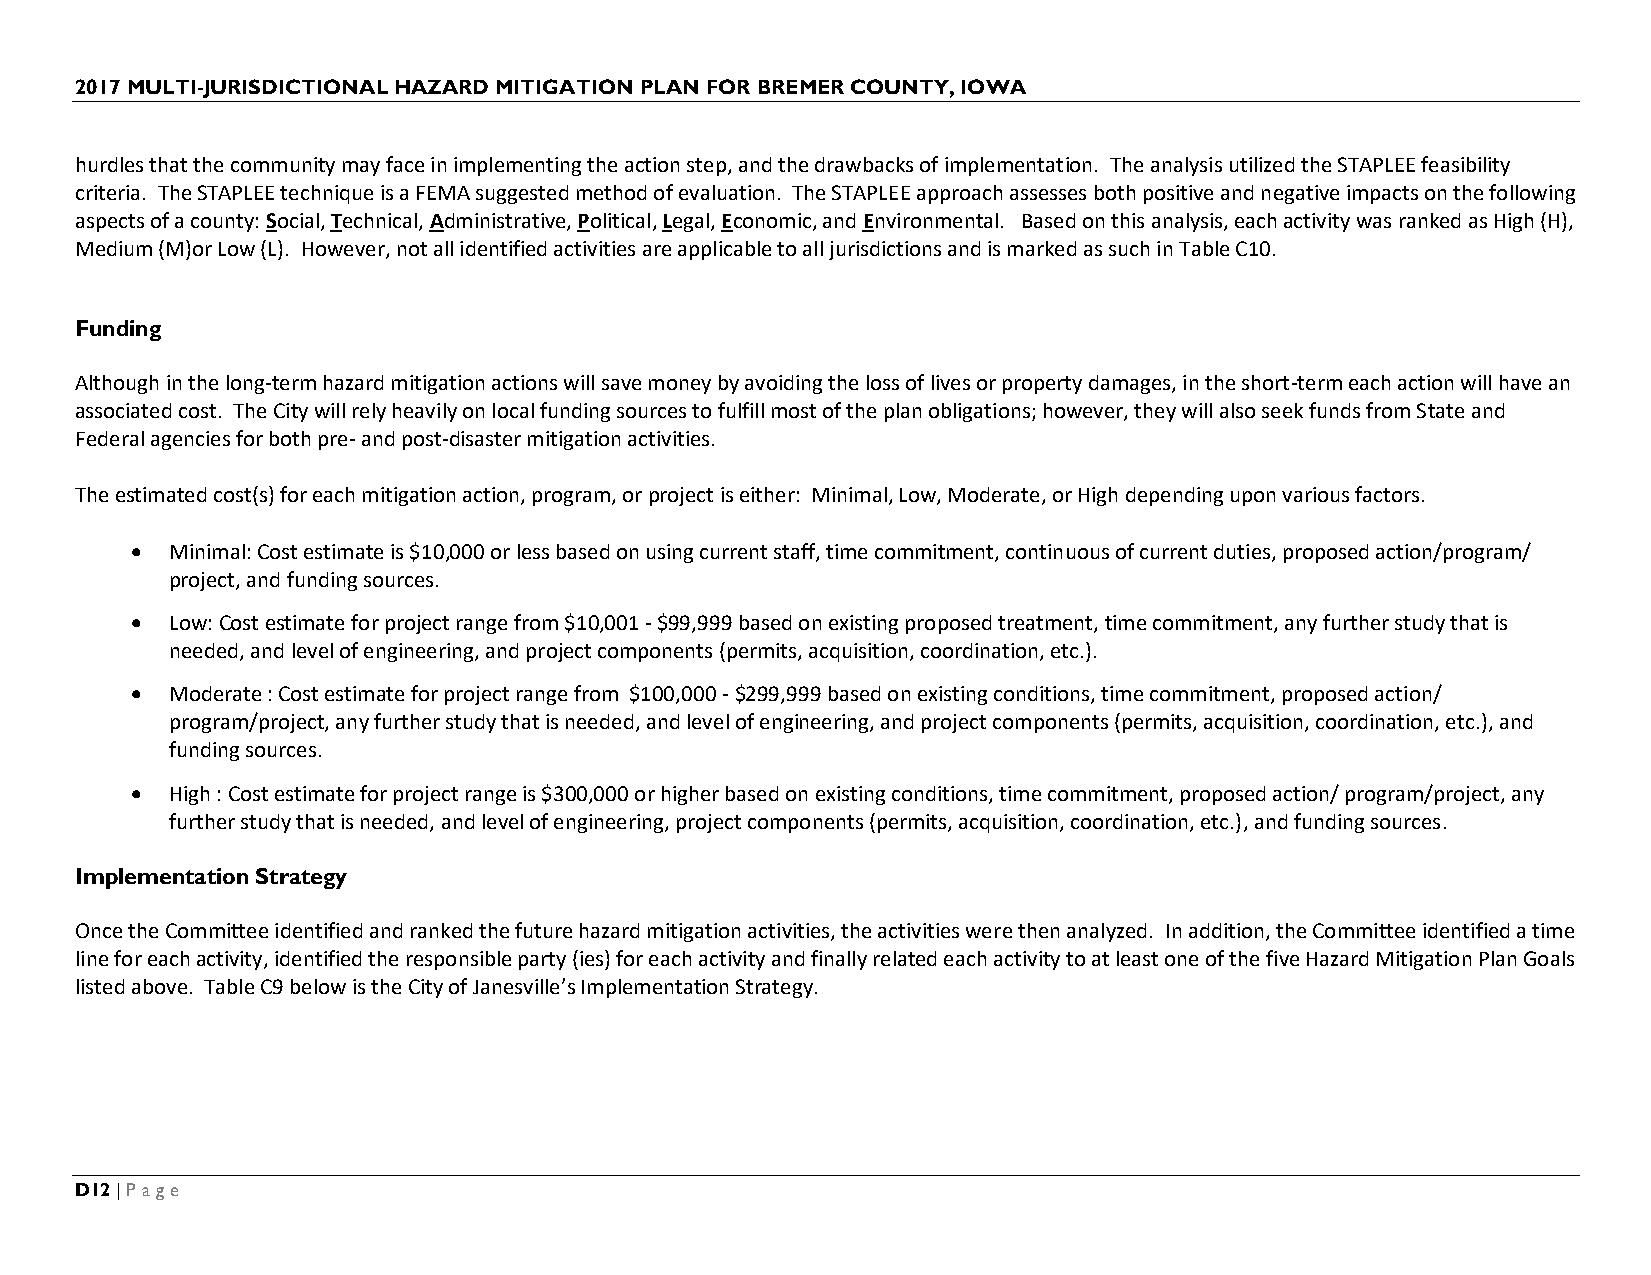
2017 MULTI-JURISDICTIONAL HAZARD MITIGATION PLAN FOR BREMER COUNTY, IOWA
 hurdles that the community may face in implementing the action step, and the drawbacks of implementation. The analysis utilized the STAPLEE feasibility
 criteria. The STAPLEE technique is a FEMA suggested method of evaluation. The STAPLEE approach assesses both positive and negative impacts on the following
 aspects of a county: Social, Technical, Administrative, Political, Legal, Economic, and Environmental. Based on this analysis, each activity was ranked as High (H),
 Medium (M)or Low (L). However, not all identified activities are applicable to all jurisdictions and is marked as such in Table C10.
 Funding
 Although in the long-term hazard mitigation actions will save money by avoiding the loss of lives or property damages, in the short-term each action will have an
 associated cost. The City will rely heavily on local funding sources to fulfill most of the plan obligations; however, they will also seek funds from State and
 Federal agencies for both pre- and post-disaster mitigation activities.
 The estimated cost(s) for each mitigation action, program, or project is either: Minimal, Low, Moderate, or High depending upon various factors.
 • Minimal: Cost estimate is $10,000 or less based on using current staff, time commitment, continuous of current duties, proposed action/program/
 project, and funding sources.
 • Low: Cost estimate for project range from $10,001 - $99,999 based on existing proposed treatment, time commitment, any further study that is
 needed, and level of engineering, and project components (permits, acquisition, coordination, etc.).
 • Moderate : Cost estimate for project range from $100,000 - $299,999 based on existing conditions, time commitment, proposed action/
 program/project, any further study that is needed, and level of engineering, and project components (permits, acquisition, coordination, etc.), and
 funding sources.
 • High : Cost estimate for project range is $300,000 or higher based on existing conditions, time commitment, proposed action/ program/project, any
 further study that is needed, and level of engineering, project components (permits, acquisition, coordination, etc.), and funding sources.
 Implementation Strategy
 Once the Committee identified and ranked the future hazard mitigation activities, the activities were then analyzed. In addition, the Committee identified a time
 line for each activity, identified the responsible party (ies) for each activity and finally related each activity to at least one of the five Hazard Mitigation Plan Goals
 listed above. Table C9 below is the City of Janesville’s Implementation Strategy.
 D12 | Page